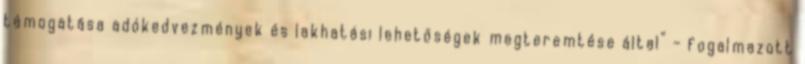
támogatása adókedvezmények és lakhatási lehetőségek megteremtése által” – fogalmazott